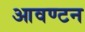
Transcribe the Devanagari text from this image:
आवण्टन